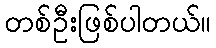
တစ်ဦးဖြစ်ပါတယ်။